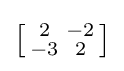
\left[{\begin{smallmatrix}2&-2\\-3&2\end{smallmatrix}}\right]